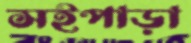
সইপাড়া